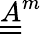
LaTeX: \underline{{\underline{{A}}}}^{m}